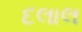
દલાલ